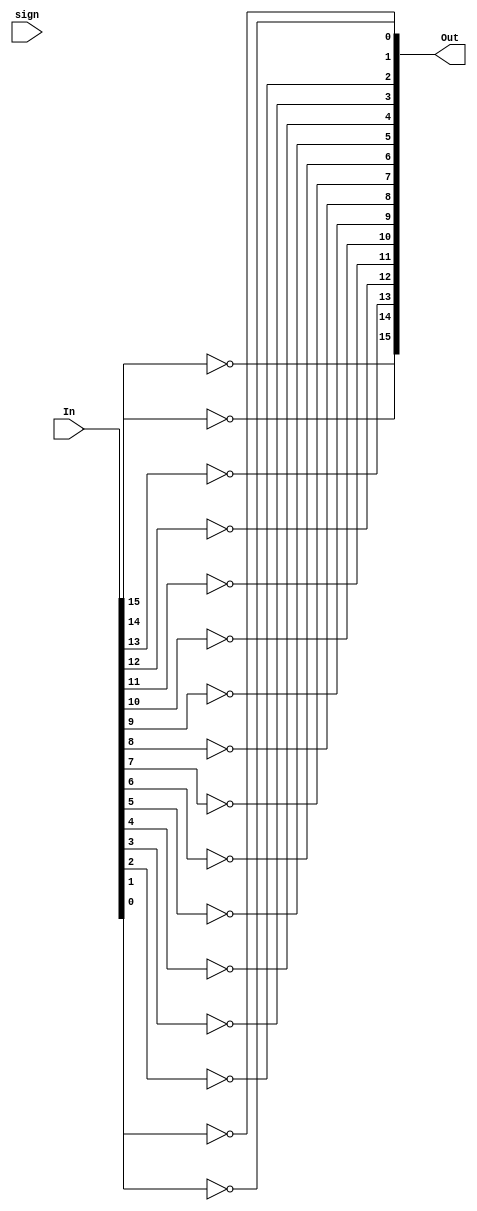
module inverter(In, sign, Out);

	input [15:0] In;
	input sign;
	output [15:0] Out;

	wire sign, Ofl, Z;

	//flip all the bits
	assign Out[15] = ~In[15];	
	assign Out[14] = ~In[14];	
	assign Out[13] = ~In[13];	
	assign Out[12] = ~In[12];	
	assign Out[11] = ~In[11];	
	assign Out[10] = ~In[10];	
	assign Out[9]  = ~In[9];	
	assign Out[8]  = ~In[8];	
	assign Out[7]  = ~In[7];	
	assign Out[6]  = ~In[6];	
	assign Out[5]  = ~In[5];	
	assign Out[4]  = ~In[4];	
	assign Out[3]  = ~In[3];	
	assign Out[2]  = ~In[2];	
	assign Out[1]  = ~In[1];	
	assign Out[0]  = ~In[0];

endmodule